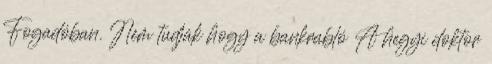
Fogadóban. Nem tudják hogy a bankrabló A hegyi doktor